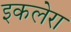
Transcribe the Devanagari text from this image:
इकलेरा